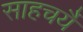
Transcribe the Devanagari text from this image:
साहचर्यै